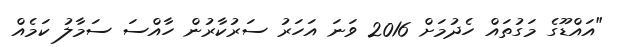
"އައްޑޫގެ މަގުތައް ހެދުމަށް 2016 ވަނަ އަހަރު ސަރުކާރުން ހާއްސަ ސަމާލު ކަމެއް